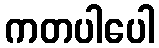
ကတပါပေါ